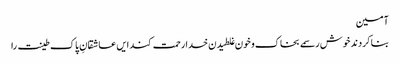
آمین
بنا کردند خوش رسمے بخاک و خون غلطیدن خدا رحمت کند ایں عاشقانِ پاک طینت را